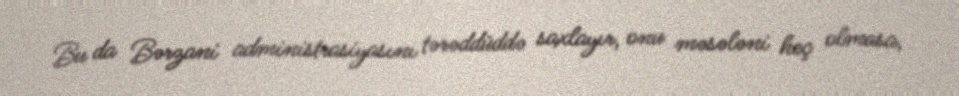
Bu da Bərzani administrasiyasını tərəddüddə saxlayır, onu məsələni heç olmasa,